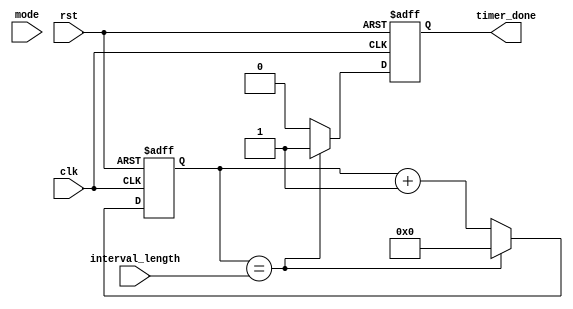
module Interval_Timer (
  input wire clk,
  input wire rst,
  input wire [7:0] interval_length,
  input wire mode,
  output reg timer_done
);

reg [7:0] count;

always @(posedge clk or posedge rst) begin
  if (rst) begin
    count <= 8'b0;
    timer_done <= 1'b0;
  end else begin
    if (count == interval_length) begin
      count <= 8'b0;
      timer_done <= 1'b1;
    end else begin
      count <= count + 1;
      timer_done <= 1'b0;
    end
  end
end

endmodule